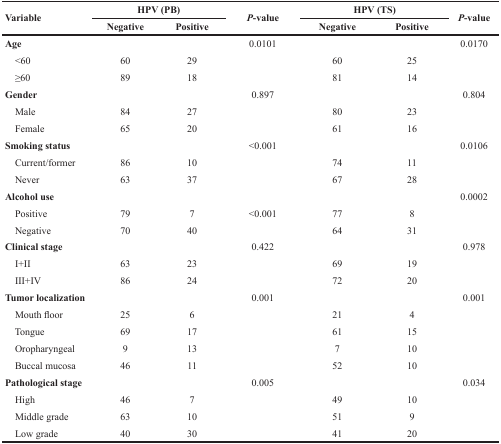
| <ROWSPAN=2> Variable | <COLSPAN=2> HPV (PB) | <ROWSPAN=2> P-value | <COLSPAN=2> HPV (TS) | <ROWSPAN=2> P-value |
 | Negative | Positive | Negative | Positive |
 | --- | --- | --- | --- | --- | --- | --- |
 | Age |  |  | 0.0101 |  |  | 0.0170 |
 | <60 | 60 | 29 |  | 60 | 25 |  |
 | ≥60 | 89 | 18 |  | 81 | 14 |  |
 | Gender |  |  | 0.897 |  |  | 0.804 |
 | Mae | 84 | 27 |  | 80 | 23 |  |
 | Female | 65 | 20 |  | 61 | 16 |  |
 | Smoking status |  |  | <0.001 |  |  | 0.0106 |
 | Current/former | 86 | 10 |  | 74 | 11 |  |
 | Never | 63 | 37 |  | 67 | 28 |  |
 | Alcohol use |  |  |  |  |  | 0.0002 |
 | Positive | 79 | 7 | <0.001 | 77 | 8 |  |
 | Negative | 70 | 40 |  | 64 | 31 |  |
 | Clinical Stage |  |  | 0.422 |  |  | 0.978 |
 | I+II | 63 | 23 |  | 69 | 19 |  |
 | III+IV | 86 | 24 |  | 72 | 20 |  |
 | Tumor Localization |  |  | 0.001 |  |  | 0.001 |
 | Mouth Floor | 25 | 6 |  | 21 | 4 |  |
 | Tongue | 69 | 17 |  | 61 | 15 |  |
 | Oropharyngeal | 9 | 13 |  | 7 | 10 |  |
 | Buccal Mucosa | 46 | 11 |  | 52 | 10 |  |
 | Pathological Stage |  |  | 0.005 |  |  | 0.034 |
 | High | 46 | 7 |  | 49 | 10 |  |
 | Middle Grade | 63 | 10 |  | 51 | 9 |  |
 | Low Grade | 40 | 30 |  | 41 | 20 |  |